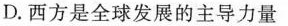
D.西方是全球发展的主导力量